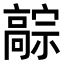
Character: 𬴚